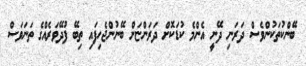
ބޭންކުތަކުންވެސް ދަރަނި ދޭނީ އެންމެ ކުޑަކޮށް ދަރަންޏަށް ބޭނުންޖެހިފައި ތިބޭ ފުދޭވަރެއްގެ ތަނަވަސް